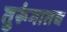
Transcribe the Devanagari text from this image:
तुरूंगातच